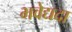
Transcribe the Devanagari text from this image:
भवेद्यदा